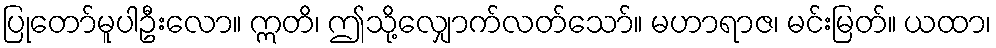
ပြုတော်မူပါဦးလော။ ဣတိ၊ ဤသို့လျှောက်လတ်သော်။ မဟာရာဇ၊ မင်းမြတ်။ ယထာ၊